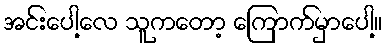
အင်းပေါ့လေ သူကတော့ ကြောက်မှာပေါ့။